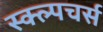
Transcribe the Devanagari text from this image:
स्क्ल्पचर्स